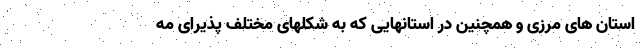
استان های مرزی و همچنین در استانهایی که به شکلهای مختلف پذیرای مه